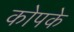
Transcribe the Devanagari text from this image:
कोपके